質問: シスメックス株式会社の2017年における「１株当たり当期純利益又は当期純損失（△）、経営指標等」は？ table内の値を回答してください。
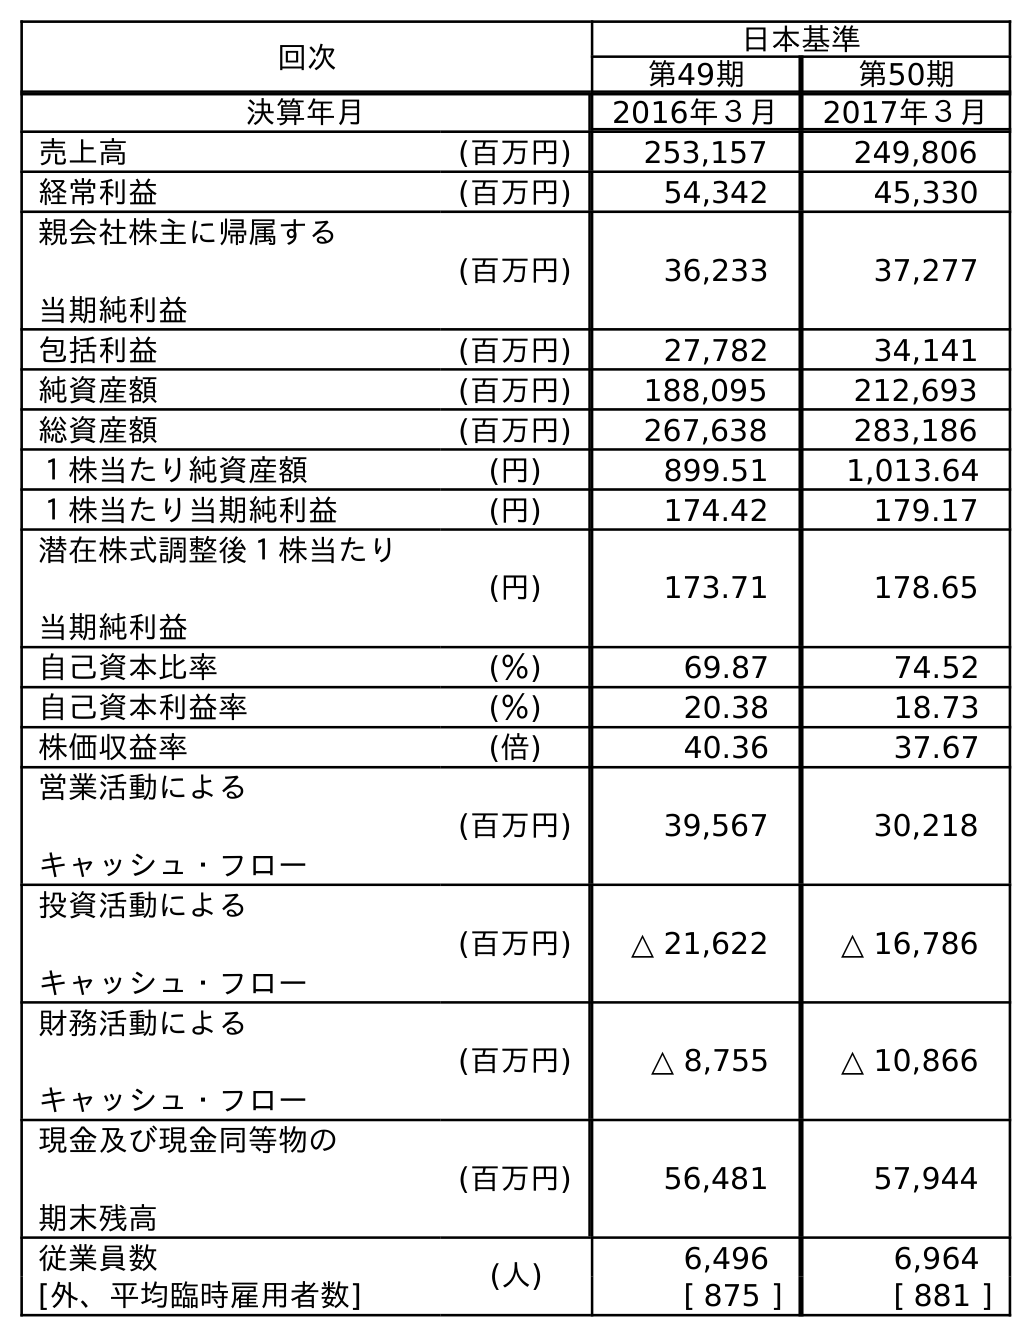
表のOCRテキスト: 回次 日本基準 第49期 第50期 決算年月 2016年３月 2017年３月 売上高 (百万円) 253,157 249,806 経常利益 (百万円) 54,342 45,330 親会社株主に帰属する 当期純利益 (百万円) 36,233 37,277 包括利益 (百万円) 27,782 34,141 純資産額 (百万円) 188,095 212,693 総資産額 (百万円) 267,638 283,186 １株当たり純資産額 (円) 899.51 1,013.64 １株当たり当期純利益 (円) 174.42 179.17 潜在株式調整後１株当たり 当期純利益 (円) 173.71 178.65 自己資本比率 (％) 69.87 74.52 自己資本利益率 (％) 20.38 18.73 株価収益率 (倍) 40.36 37.67 営業活動による キャッシュ・フロー (百万円) 39,567 30,218 投資活動による キャッシュ・フロー (百万円) △ 21,622 △ 16,786 財務活動による キャッシュ・フロー (百万円) △ 8,755 △ 10,866 現金及び現金同等物の 期末残高 (百万円) 56,481 57,944 従業員数 (人) 6,496 6,964 [外、平均臨時雇用者数] [ 875 ] [ 881 ]
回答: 179.17